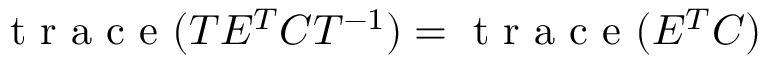
\mathrm { ~ t ~ r ~ a ~ c ~ e ~ } ( T E ^ { T } C T ^ { - 1 } ) = \mathrm { ~ t ~ r ~ a ~ c ~ e ~ } ( E ^ { T } C )